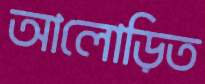
আলোড়িত